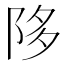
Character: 陊